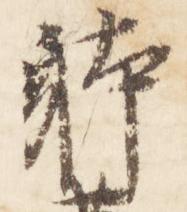
躰